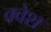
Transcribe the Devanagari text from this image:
क्वेश